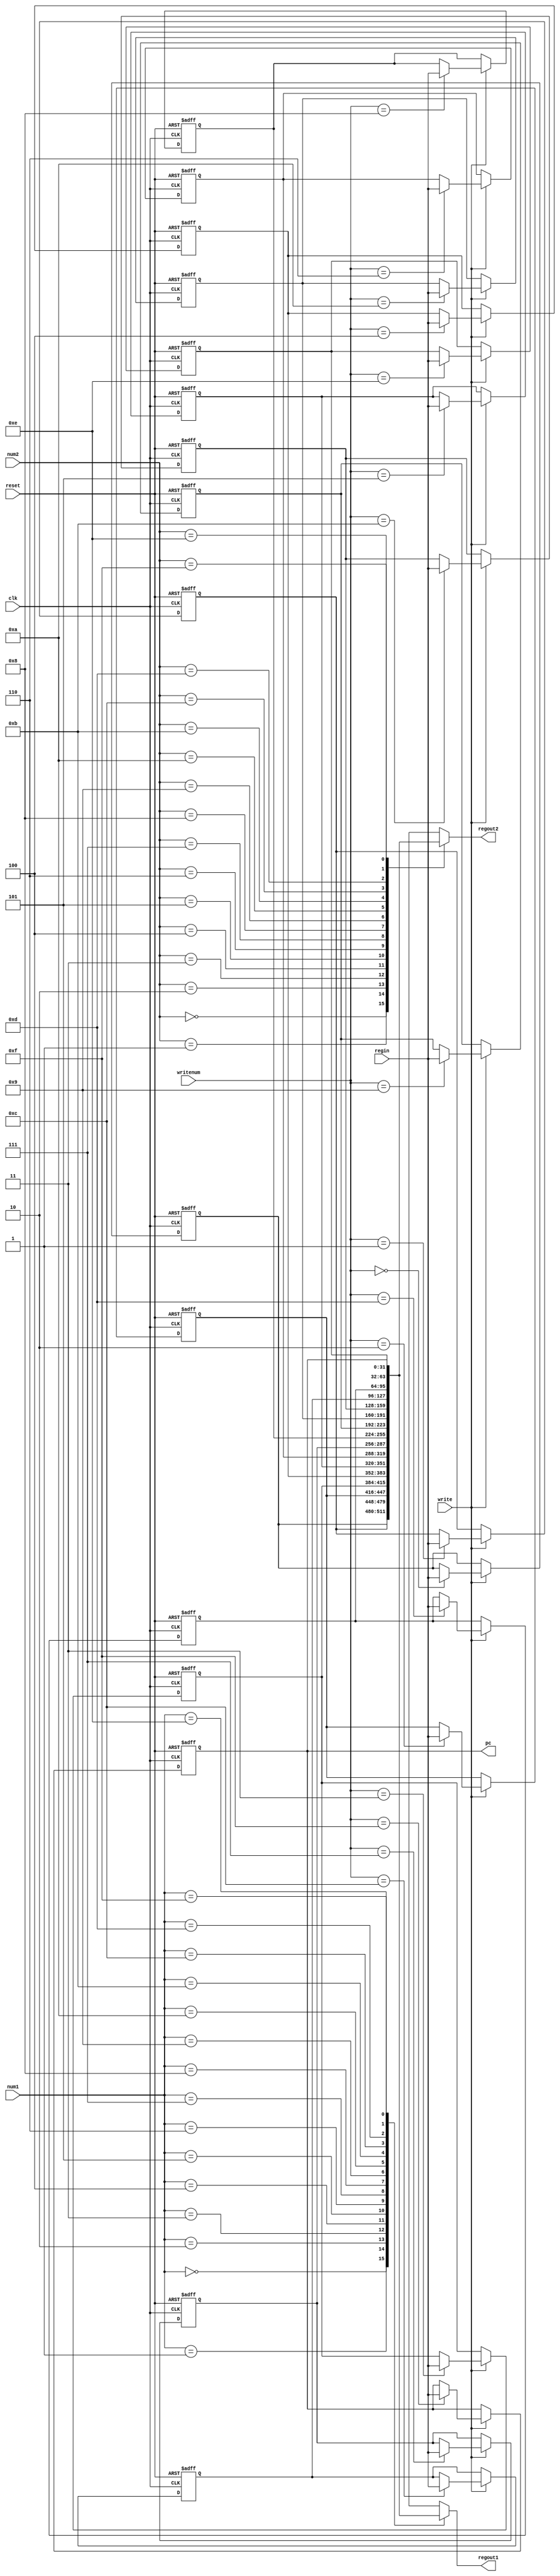
module regfile(
	input [3:0] num1,
	input [3:0]num2,
	input [3:0]writenum,
	input write,
	input clk,
	input reset,
	input [31:0] regin,
	output [31:0] regout1,
	output [31:0] regout2,
	output [31:0] pc);
	
	reg[31:0] register[15:0];

	integer i;
	always @ (posedge clk or negedge reset)
	if(~reset)
		for(i=0;i<16;i=i+1) register[i]<='h00000000;
	else if(write)
		register[writenum]<=regin;
		
	assign regout1=register[num1];
	assign regout2=register[num2];
	assign pc=register[15];
 endmodule